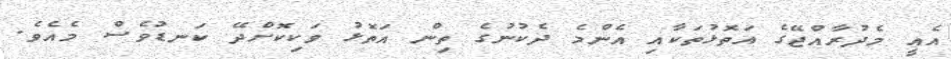
އެއީ މެދުރާއްޖޭގެ އަތޮޅުތަކާއި އެންމެ ދެކުނުގެ ތިން އަތޮޅު ވަކިކޮށްދޭ ކަނޑުވެސް މެއެވެ.